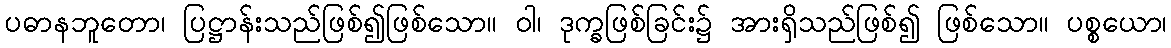
ပဓာနဘူတော၊ ပြဋ္ဌာန်းသည်ဖြစ်၍ဖြစ်သော။ ဝါ၊ ဒုက္ခဖြစ်ခြင်း၌ အားရှိသည်ဖြစ်၍ ဖြစ်သော။ ပစ္စယော၊